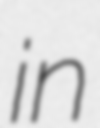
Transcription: in